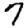
Digit: 7